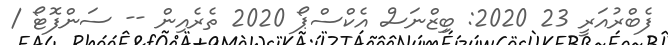
ފެބްރުއަރީ 23 2020: ބިިޒްނަސް އެކްސްޕޯ 2020 ތެރެއިން -- ސަންފޮޓޯ /